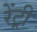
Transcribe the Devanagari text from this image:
रेंट्री